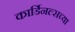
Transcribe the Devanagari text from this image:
कार्डिनल्सच्या